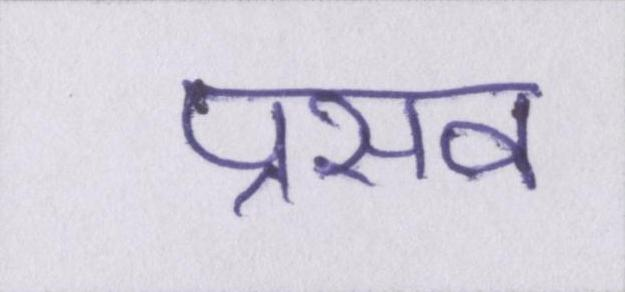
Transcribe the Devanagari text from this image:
प्रसव